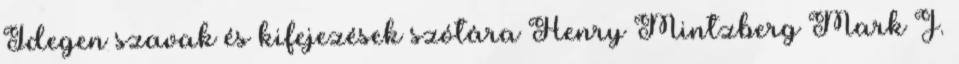
Idegen szavak és kifejezések szótára Henry Mintzberg Mark J.